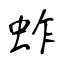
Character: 蚱